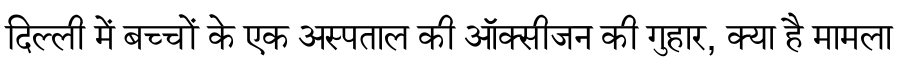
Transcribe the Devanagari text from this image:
दिल्ली में बच्चों के एक अस्पताल की ऑक्सीजन की गुहार, क्या है मामला